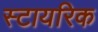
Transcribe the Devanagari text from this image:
स्टायरिक